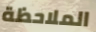
الملاحظة